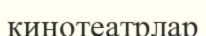
кинотеатрлар